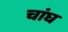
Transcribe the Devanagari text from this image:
चांघ